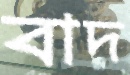
বাদ